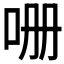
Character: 𭇒